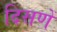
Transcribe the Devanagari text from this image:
दिसणें